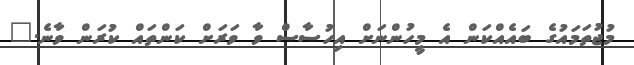
މުޖުތަމައުގެ ބައެއްކަން އެ މީހުންނަށް އިހުސާސް ވާ ވަރަށް ކަންތައް ކުރަން ވާނެ."